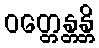
ဝတ္တေန္တန္တိ